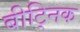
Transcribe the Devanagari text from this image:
बीट्निक